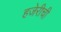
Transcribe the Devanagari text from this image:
हजेरीची